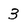
Character: 3